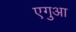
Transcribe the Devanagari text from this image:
एगुआ